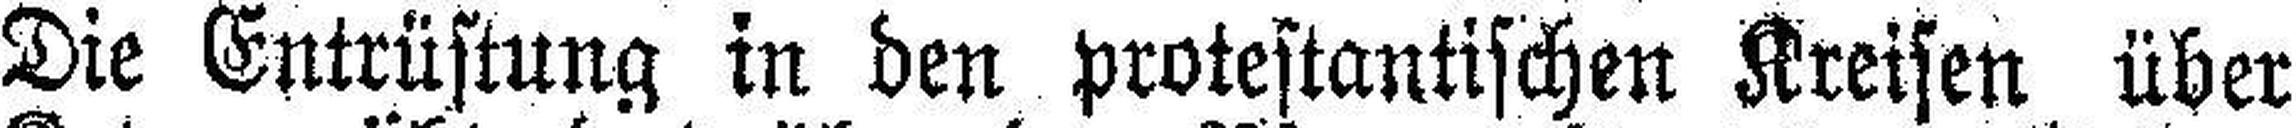
Die Entrüstung in den protestantischen Kreisen über